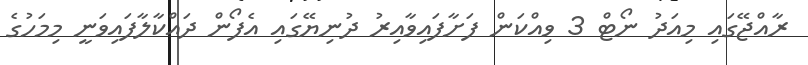
ރާއްޖޭގައި މިއަދު ނޯޓް 3 ވިއްކަން ފަށާފައިވާއިރު ދުނިޔޭގައި އެފޯން ދައްކާލާފައިވަނީ މިމަހުގެ